Civil Veterinary Department. Madras. Admin. report 1926-33 - 1926-1933
Year: 1926
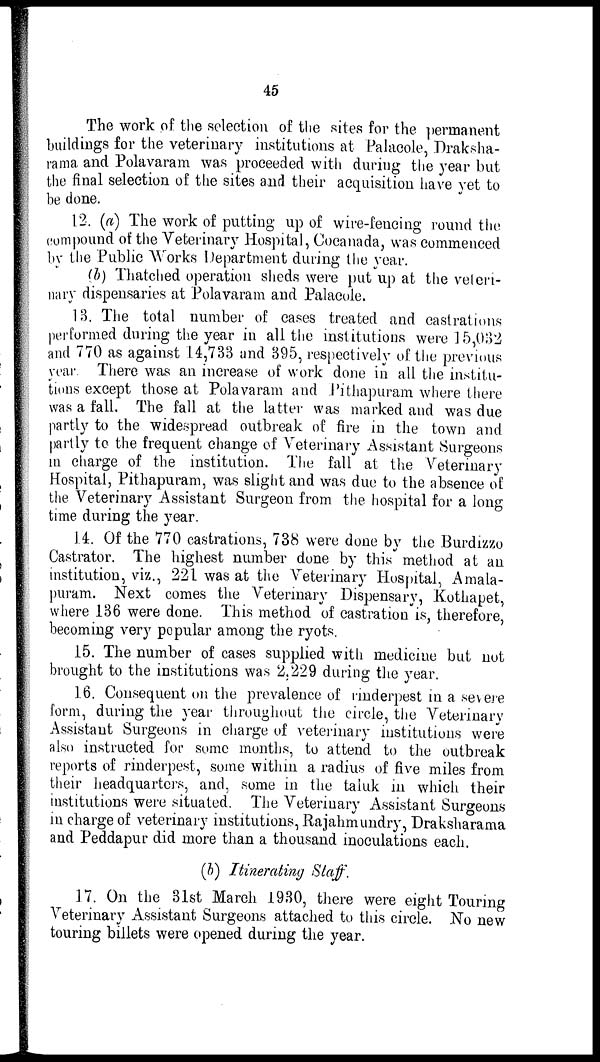
45
The work of the selection of the sites for the permanent
buildings for the veterinary institutions at Palacole, Draksha-
rama and Polavaram was proceeded with during the year but
the final selection of the sites and their acquisition have yet to
be done.
12. (a) The work of putting up of wire-fencing round the
compound of the Veterinary Hospital, Cocanada, was commenced
by the Public Works Department during the year.
(b) Thatched operation sheds were put up at the veteri-
nary dispensaries at Polavaram and Palacole.
13. The total number of cases treated and castrations
performed during the year in all the institutions were 15,032
and 770 as against 14,733 and 395, respectively of the previous
year. There was an increase of work done in all the institu-
tions except those at Polavaram and Pithapuram where there
was a fall. The fall at the latter was marked and was due
partly to the widespread outbreak of fire in the town and
partly to the frequent change of Veterinary Assistant Surgeons
in charge of the institution. The fall at the Veterinary
Hospital, Pithapuram, was slight and was due to the absence of
the Veterinary Assistant Surgeon from the hospital for a long
time during the year.
14. Of the 770 castrations, 738 were done by the Burdizzo
Castrator. The highest number done by this method at an
institution, viz., 221 was at the Veterinary Hospital, Amala-
puram. Next comes the Veterinary Dispensary, Kothapet,
where 136 were done. This method of castration is, therefore,
becoming very popular among the ryots.
15. The number of cases supplied with medicine but not
brought to the institutions was 2,229 during the year.
16. Consequent on the prevalence of rinderpest in a severe
form, during the year throughout the circle, the Veterinary
Assistant Surgeons in charge of veterinary institutions were
also instructed for some months, to attend to the outbreak
reports of rinderpest, some within a radius of five miles from
their headquarters, and, some in the taluk in which their
institutions were situated. The Veterinary Assistant Surgeons
in charge of veterinary institutions, Rajahmundry, Draksharama
and Peddapur did more than a thousand inoculations each.
(b) Itinerating Staff.
17. On the 31st March 1930, there were eight Touring
Veterinary Assistant Surgeons attached to this circle . No new
touring billets were opened during the year.